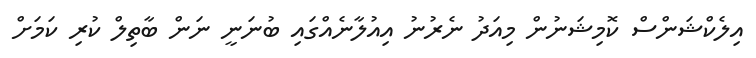
އިލެކްޝަންސް ކޮމިޝަނުން މިއަދު ނެރުނު އިއުލާނެއްގައި ބުނަނީ ނަން ބާތިލް ކުރި ކަމަށް